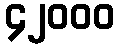
၄၂၀၀၀